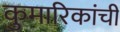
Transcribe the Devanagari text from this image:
कुमारिकांची